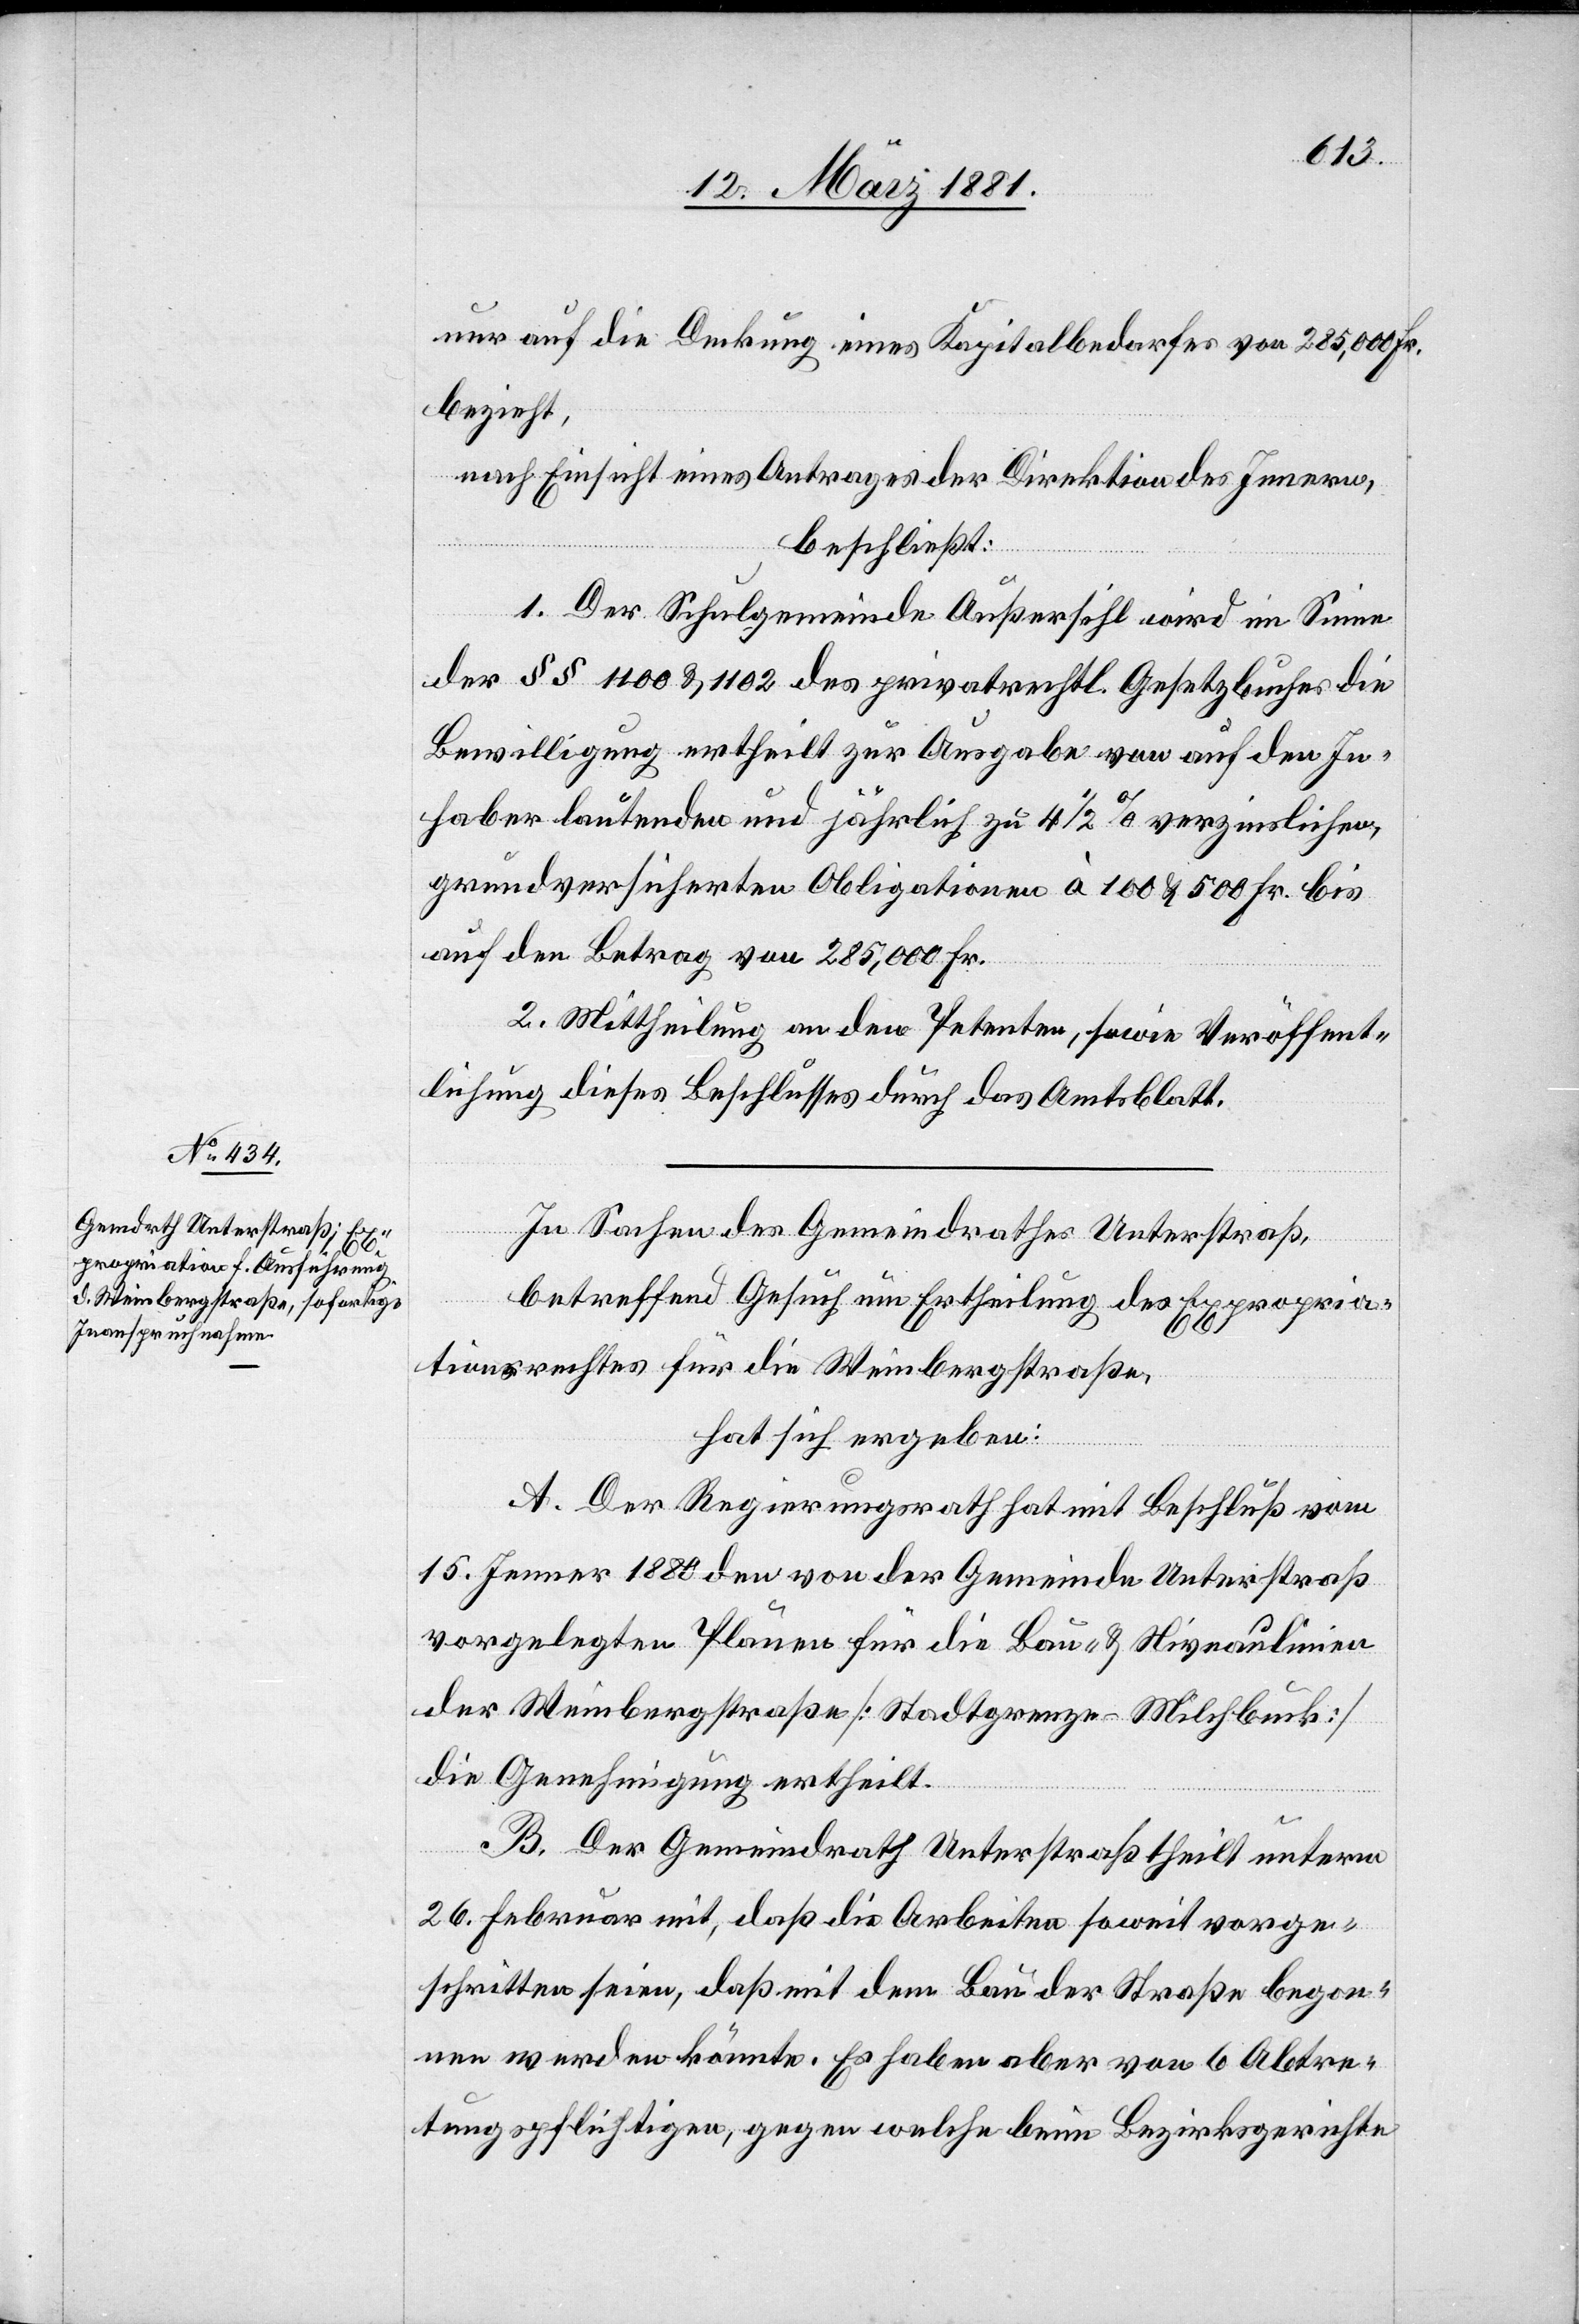
nur auf die Deckung eines Kapitalbedarfes von 285,000 Fr.
bezieht,
nach Einsicht eines Antrages der Direktion des Innern,
beschließt:
1. Der Schulgemeinde Außersihl wird im Sinne
der §§ 1100 & 1102 des privatrechtl. Gesetzbuches die
Bewilligung ertheilt zur Ausgabe von auf den In¬
haber lautenden und jährlich zu 4 1/2% verzinslichen,
grundversicherten Obligationen à 100 & 500 Fr. bis
auf den Betrag von 285,000 Fr.
2. Mittheilung an den Petenten, sowie Veröffent¬
lichung dieses Beschlusses durch das Amtsblatt.
In Sachen des Gemeindrathes Unterstraß,
betreffend Gesuch um Ertheilung des Expropria¬
tionsrechtes für die Weinbergstraße,
hat sich ergeben:
A. Der Regierungsrath hat mit Beschluß vom
15. Jenner 1880 den von der Gemeinde Unterstraß
vorgelegten Plänen für die Bau- & Niveaulinien
der Weinbergstraße [Stadtgrenze - Milchbuck]
die Genehmigung ertheilt.
B. Der Gemeindrath Unterstraß theilt unterm
26. Februar mit, daß die Arbeiten soweit vorge¬
schritten seien, daß mit dem Bau der Straße begon¬
nen werden könnte. Es haben aber von 6 Abtre¬
tungspflichtigen, gegen welche beim Bezirksgerichte